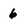
Character: 6